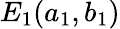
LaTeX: E_{1}(a_{1},b_{1})